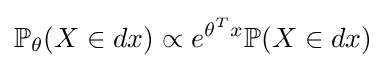
\mathbb {P} _{\theta }(X\in dx)\propto e^{\theta ^{T}x}\mathbb {P} (X\in dx)